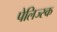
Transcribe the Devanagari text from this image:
पेलिज्स्क